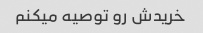
خریدش رو توصیه میکنم